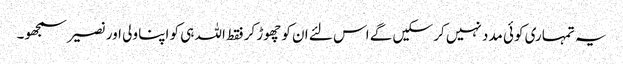
یہ تمہاری کوئی مدد نہیں کر سکیں گے اس لئے ان کو چھوڑ کر فقط اللہ ہی کو اپنا ولی اور نصیر سمجھو۔